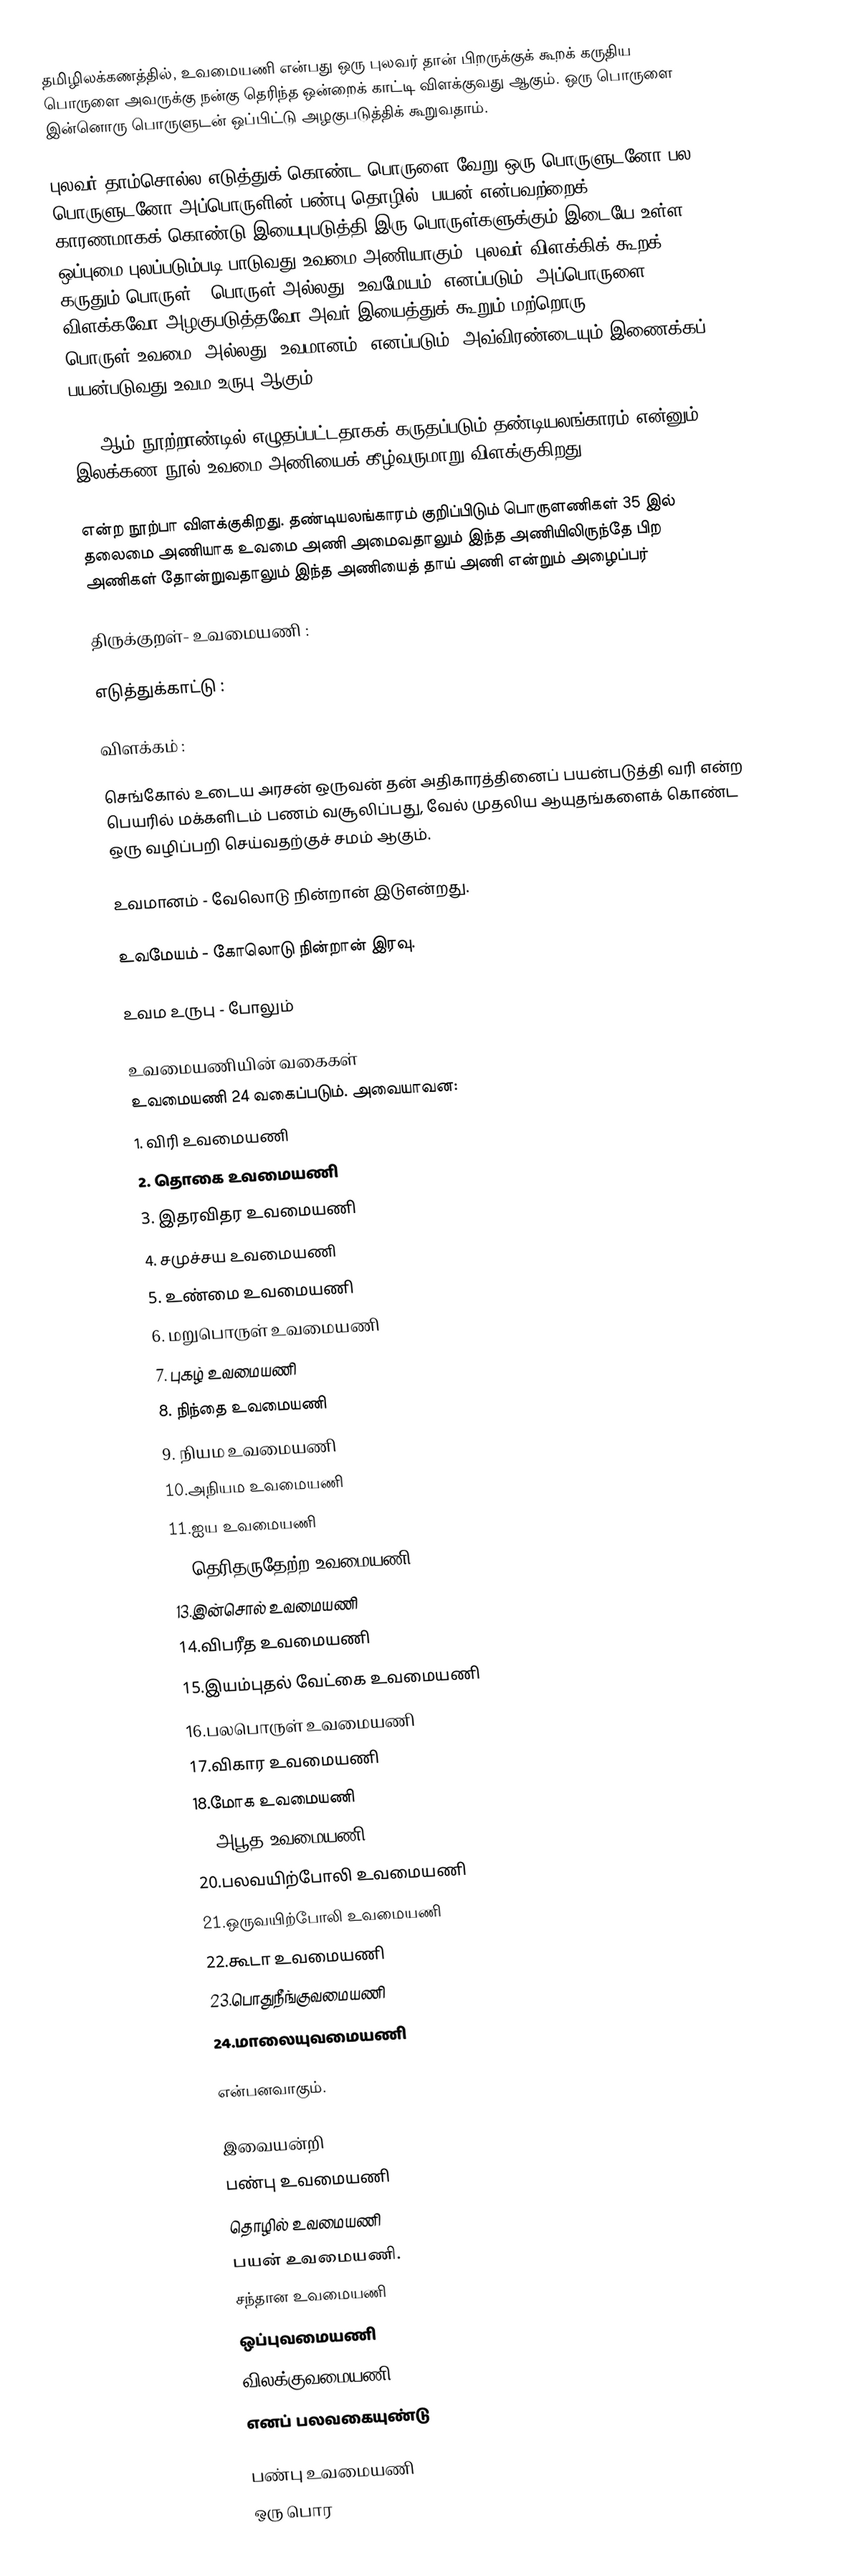
தமிழிலக்கணத்தில், உவமையணி என்பது ஒரு புலவர் தான் பிறருக்குக் கூறக் கருதிய பொருளை அவருக்கு நன்கு தெரிந்த ஒன்றைக் காட்டி விளக்குவது ஆகும்.  ஒரு பொருளை இன்னொரு பொருளுடன் ஒப்பிட்டு அழகுபடுத்திக் கூறுவதாம்.

புலவர் தாம்சொல்ல எடுத்துக் கொண்ட பொருளை வேறு ஒரு பொருளுடனோ  பல பொருளுடனோ  அப்பொருளின் பண்பு,தொழில், பயன் என்பவற்றைக் காரணமாகக் கொண்டு இயைபுபடுத்தி  இரு பொருள்களுக்கும் இடையே உள்ள  ஒப்புமை புலப்படும்படி பாடுவது உவமை அணியாகும். புலவர் விளக்கிக் கூறக் கருதும் பொருள், 'பொருள்'அல்லது 'உவமேயம்' எனப்படும். அப்பொருளை விளக்கவோ அழகுபடுத்தவோ அவர் இயைத்துக் கூறும் மற்றொரு பொருள்'உவமை' அல்லது 'உவமானம்' எனப்படும். அவ்விரண்டையும் இணைக்கப் பயன்படுவது உவம உருபு ஆகும்.

12 -ஆம் நூற்றாண்டில் எழுதப்பட்டதாகக் கருதப்படும் தண்டியலங்காரம் என்னும் இலக்கண நூல் உவமை அணியைக் கீழ்வருமாறு விளக்குகிறது:

என்ற நூற்பா விளக்குகிறது. தண்டியலங்காரம் குறிப்பிடும் பொருளணிகள் 35 இல் தலைமை அணியாக உவமை அணி அமைவதாலும் இந்த அணியிலிருந்தே பிற அணிகள் தோன்றுவதாலும் இந்த அணியைத் தாய் அணி என்றும் அழைப்பர்

திருக்குறள்- உவமையணி :

எடுத்துக்காட்டு :

விளக்கம் :

செங்கோல் உடைய அரசன் ஒருவன் தன் அதிகாரத்‌தினைப் பயன்படுத்‌தி வரி என்ற பெயரில் மக்களிடம் பணம் வசூலிப்பது, வேல் முதலிய ஆயுதங்களைக் கொண்ட ஒரு வழிப்பறி செய்வதற்குச் சமம் ஆகும்.

உவமானம்  -   வேலொடு நின்றான் இடுஎன்றது.

உவமேயம் -   கோலொடு நின்றான் இரவு.

உவம உருபு     -   போலும்

உவமையணியின் வகைகள்
உவமையணி 24 வகைப்படும்.  அவையாவன:
1. விரி உவமையணி
2. தொகை உவமையணி
3. இதரவிதர உவமையணி
4. சமுச்சய உவமையணி
5. உண்மை உவமையணி
6. மறுபொருள் உவமையணி
7. புகழ் உவமையணி
8. நிந்தை உவமையணி
9. நியம உவமையணி
10.அநியம உவமையணி
11.ஐய உவமையணி
12.தெரிதருதேற்ற உவமையணி
13.இன்சொல் உவமையணி
14.விபரீத உவமையணி
15.இயம்புதல் வேட்கை உவமையணி
16.பலபொருள் உவமையணி
17.விகார உவமையணி
18.மோக உவமையணி
19.அபூத உவமையணி
20.பலவயிற்போலி உவமையணி
21.ஒருவயிற்போலி உவமையணி
22.கூடா உவமையணி
23.பொதுநீங்குவமையணி
24.மாலையுவமையணி

என்பனவாகும்.

இவையன்றி
 பண்பு உவமையணி
 தொழில் உவமையணி
 பயன் உவமையணி.
 சந்தான உவமையணி
 ஒப்புவமையணி
 விலக்குவமையணி
எனப் பலவகையுண்டு

பண்பு உவமையணி
ஒரு பொர